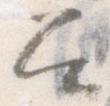
召